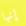
إنها